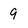
Character: 9